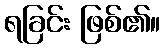
ရခြင်း ဖြစ်၏။